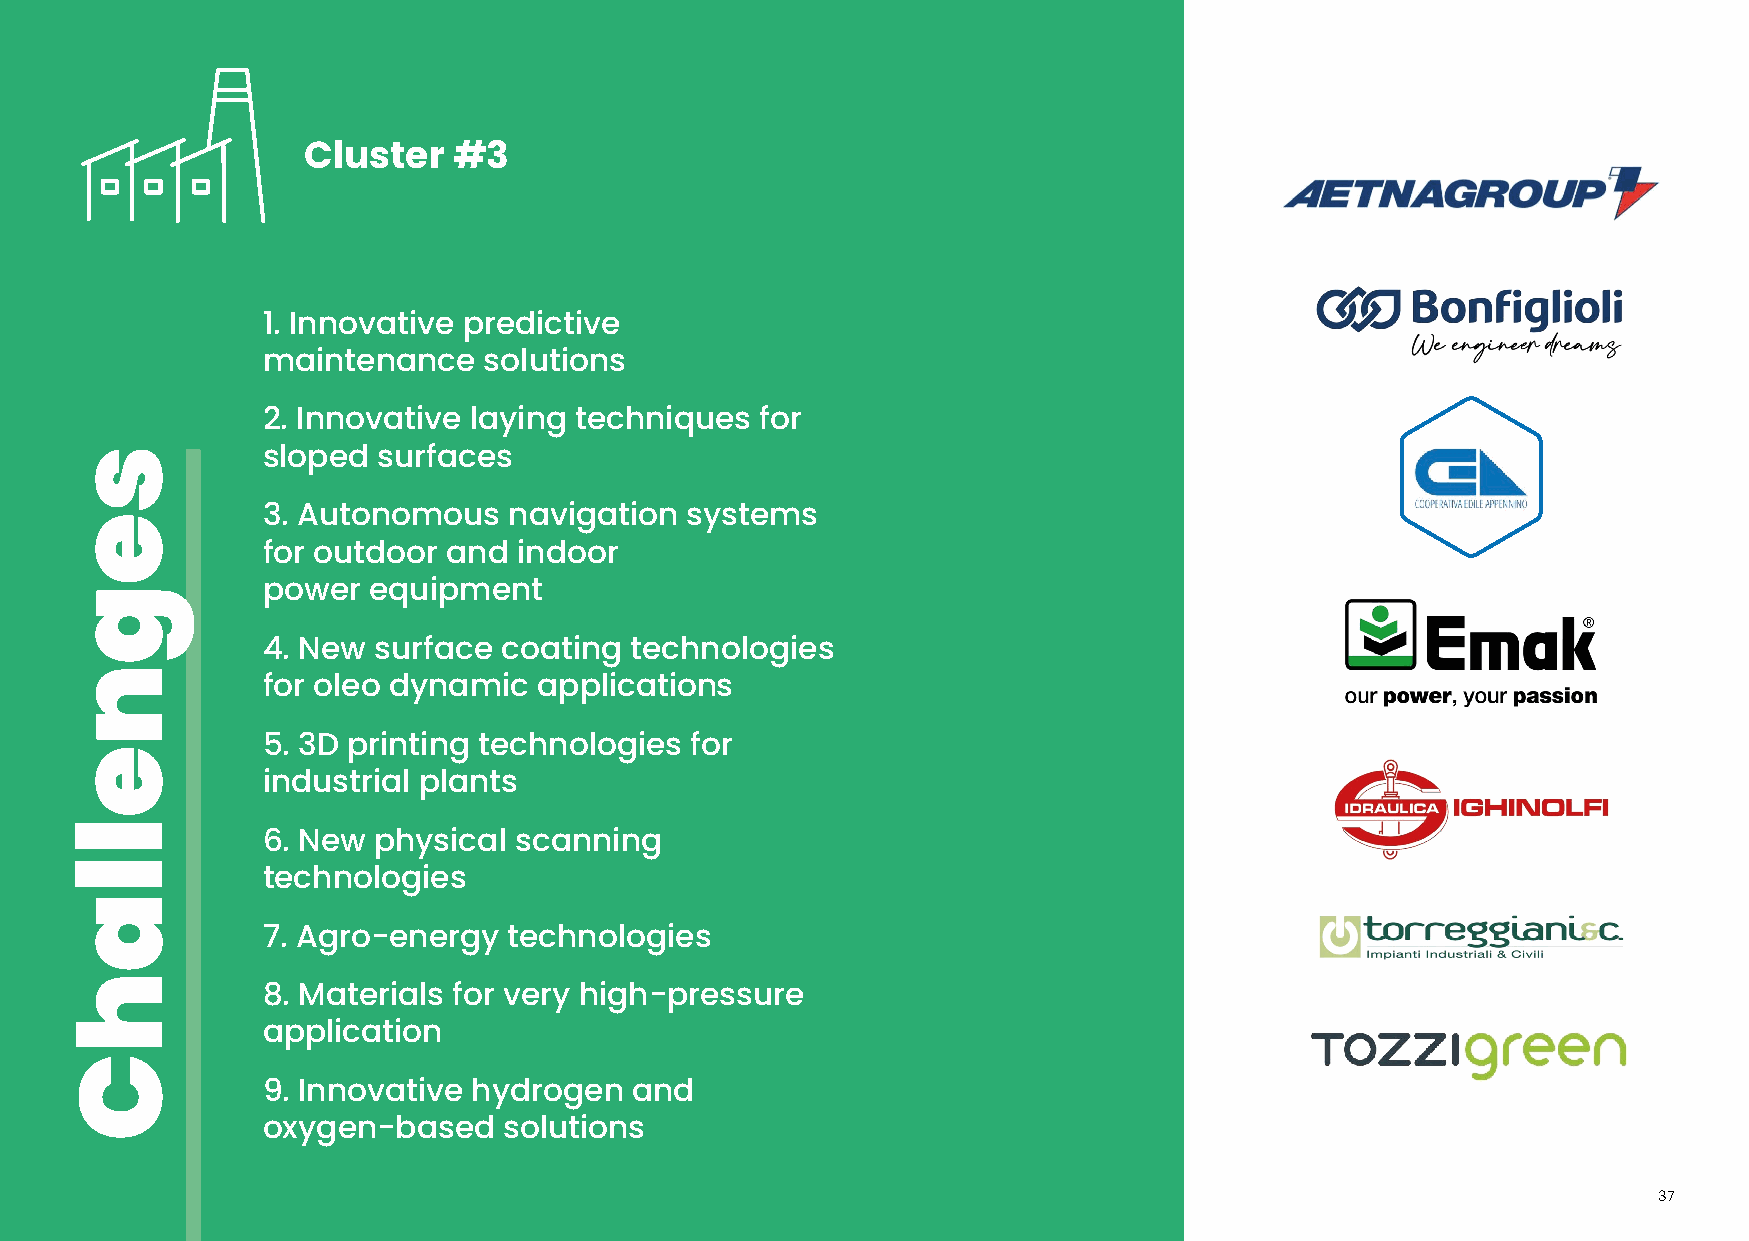
Cluster   #3
 1. Innovative predictive
 maintenance    solutions
 2. Innovative laying techniques  for
 sloped  surfaces
 3. Autonomous    navigation systems
 for outdoor  and indoor
 power  equipment
 4. New  surface coating  technologies
 for oleo dynamic   applications
 5. 3D printing technologies  for
 industrial plants
 6. New  physical scanning
 technologies
 7. Agro-energy   technologies
 8. Materials for very high-pressure
 application
 9. Innovative hydrogen   and
 oxygen-based    solutions
 37
 segnellahC